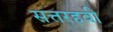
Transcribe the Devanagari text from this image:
सत्तरहवी